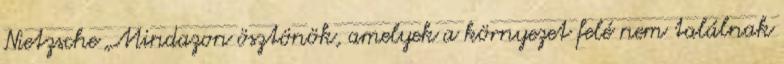
Nietzsche „Mindazon ösztönök, amelyek a környezet felé nem találnak